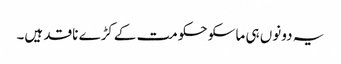
یہ دونوں ہی ماسکو حکومت کےکڑے ناقد ہیں۔